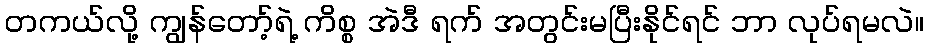
တကယ်လို့ ကျွန်တော့်ရဲ့ ကိစ္စ အဲဒီ ရက် အတွင်းမပြီးနိုင်ရင် ဘာ လုပ်ရမလဲ။